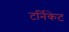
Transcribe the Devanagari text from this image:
टर्निकेट